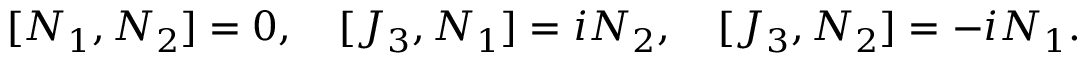
[ N _ { 1 } , N _ { 2 } ] = 0 , \quad [ J _ { 3 } , N _ { 1 } ] = i N _ { 2 } , \quad [ J _ { 3 } , N _ { 2 } ] = - i N _ { 1 } .